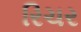
રિચર